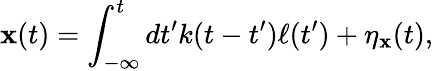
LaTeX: \mathbf{x}(t)=\int_{-\infty}^{t}dt^{\prime}k(t-t^{\prime})\ell(t^{\prime})+\eta_{\mathbf{x}}(t),